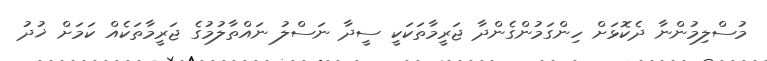
މުސްލިމުންނާ ދެކޮޅަށް ހިންގަމުންގެންދާ ޖަރީމާތަކަކީ ސީދާ ނަސްލު ނައްތާލުމުގެ ޖަރީމާތަކެއް ކަމަށް ޚުދު